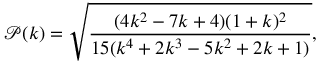
\mathscr { P } ( k ) = \sqrt { \frac { ( 4 k ^ { 2 } - 7 k + 4 ) ( 1 + k ) ^ { 2 } } { 1 5 ( k ^ { 4 } + 2 k ^ { 3 } - 5 k ^ { 2 } + 2 k + 1 ) } } ,